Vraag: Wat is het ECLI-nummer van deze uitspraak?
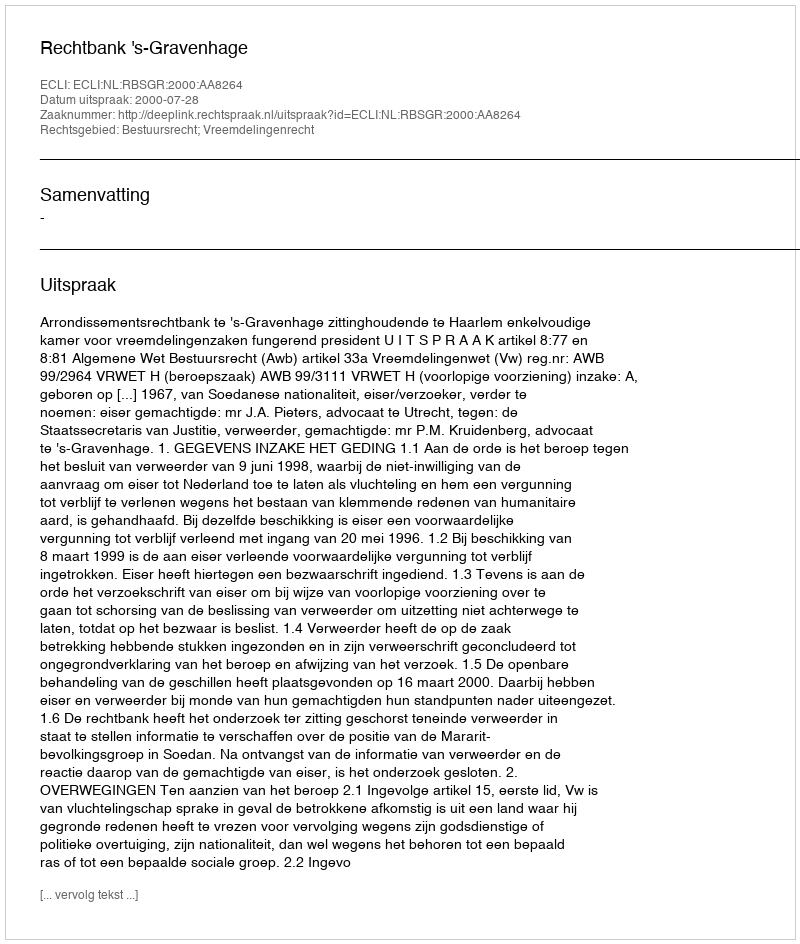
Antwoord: ECLI:NL:RBSGR:2000:AA8264